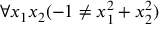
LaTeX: \forall x _ { 1 } x _ { 2 } ( - 1 \neq x _ { 1 } ^ { 2 } + x _ { 2 } ^ { 2 } )